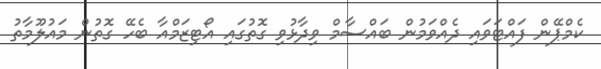
ކެމްޕޭން ފައްޓަވައި ދެއްވަމުން ބައްސާމް ވިދާޅުވި ގޮތުގައި އޯޓިޒަމްއާ ބެހޭ ގޮތުން މައުލޫމާތު